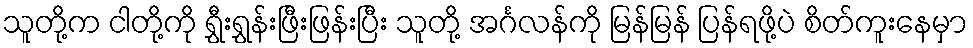
သူတို့က ငါတို့ကို ရွှီးရွှန်းဖြီးဖြန်းပြီး သူတို့ အင်္ဂလန်ကို မြန်မြန် ပြန်ရဖို့ပဲ စိတ်ကူးနေမှာ